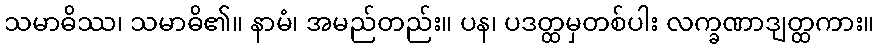
သမာဓိဿ၊ သမာဓိ၏။ နာမံ၊ အမည်တည်း။ ပန၊ ပဒတ္ထမှတစ်ပါး လက္ခဏာဒျတ္ထကား။